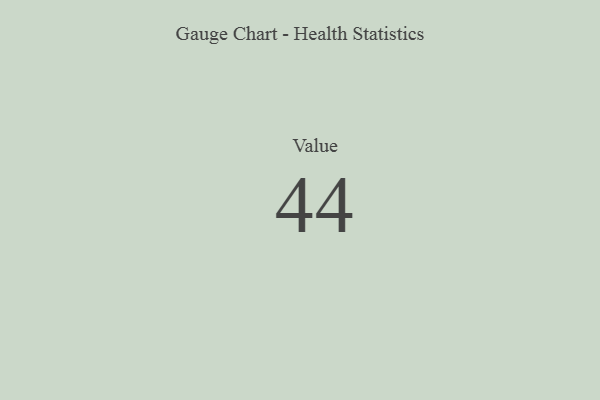
{"axis": {"x": "Metric", "y": "Value"}, "legend": [""], "data": [{"x": "Value", "y": 44, "type": ""}]}